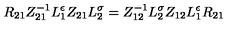
{ R } _ { 2 1 } Z _ { 2 1 } ^ { - 1 } L _ { 1 } ^ { \epsilon } Z _ { 2 1 } L _ { 2 } ^ { \sigma } = Z _ { 1 2 } ^ { - 1 } L _ { 2 } ^ { \sigma } Z _ { 1 2 } L _ { 1 } ^ { \epsilon } { R } _ { 2 1 }